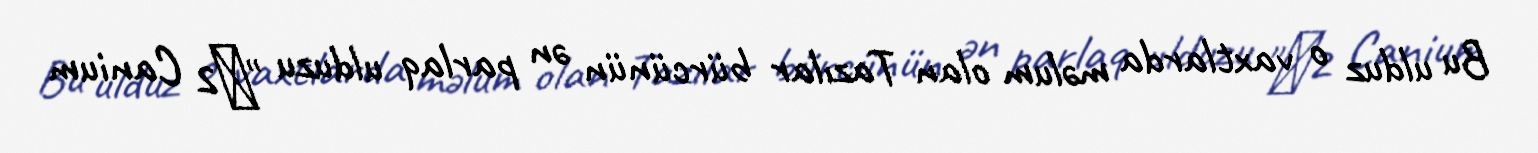
Bu ulduz o vaxtlarda məlum olan Tazılar bürcünün ən parlaq ulduzu "α2 Canium